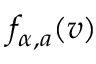
f _ { \alpha , a } ( \boldsymbol { v } )